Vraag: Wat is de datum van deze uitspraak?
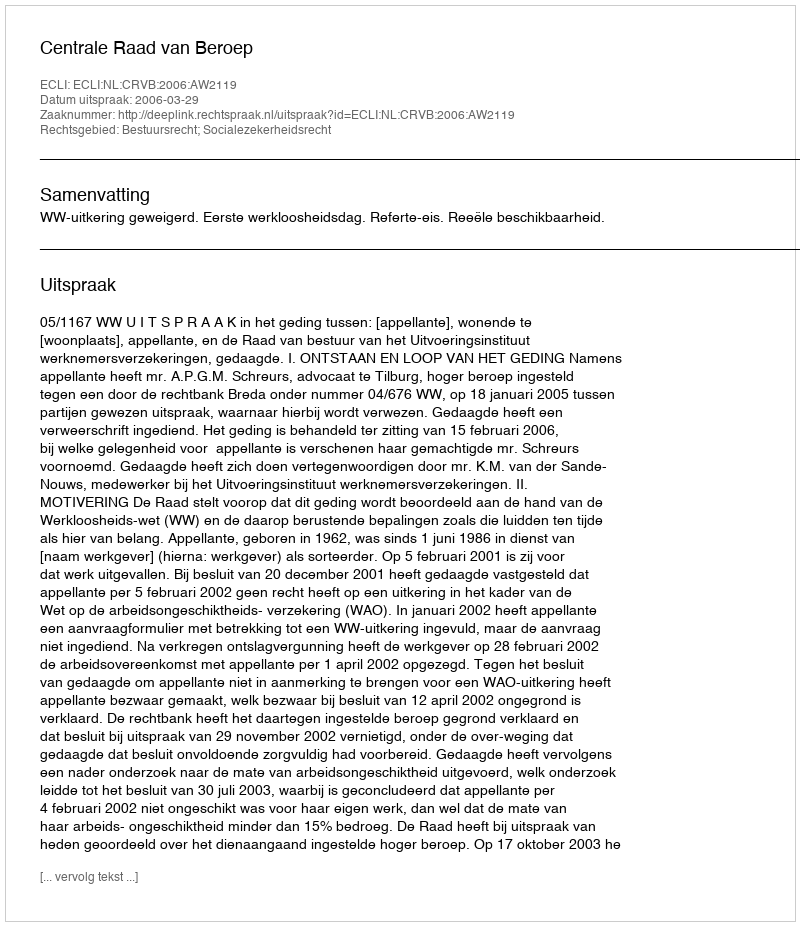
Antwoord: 2006-03-29